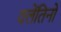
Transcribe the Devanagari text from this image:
वलेंतिनो